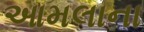
આમલાના